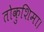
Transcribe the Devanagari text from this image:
तोकुशिमा।